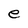
Character: e